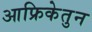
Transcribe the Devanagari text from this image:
आफ्रिकेतुन